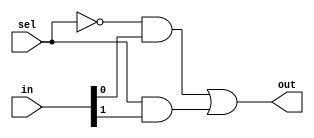
module mux_2_to_1(output out, input [1:0]in, input sel);
	
	wire t1,t2,t3;
	
	not g1(t1,sel);
	and g2(t2,t1,in[0]);
	and g3(t3,sel,in[1]);
	or g4(out,t2,t3);
	
endmodule